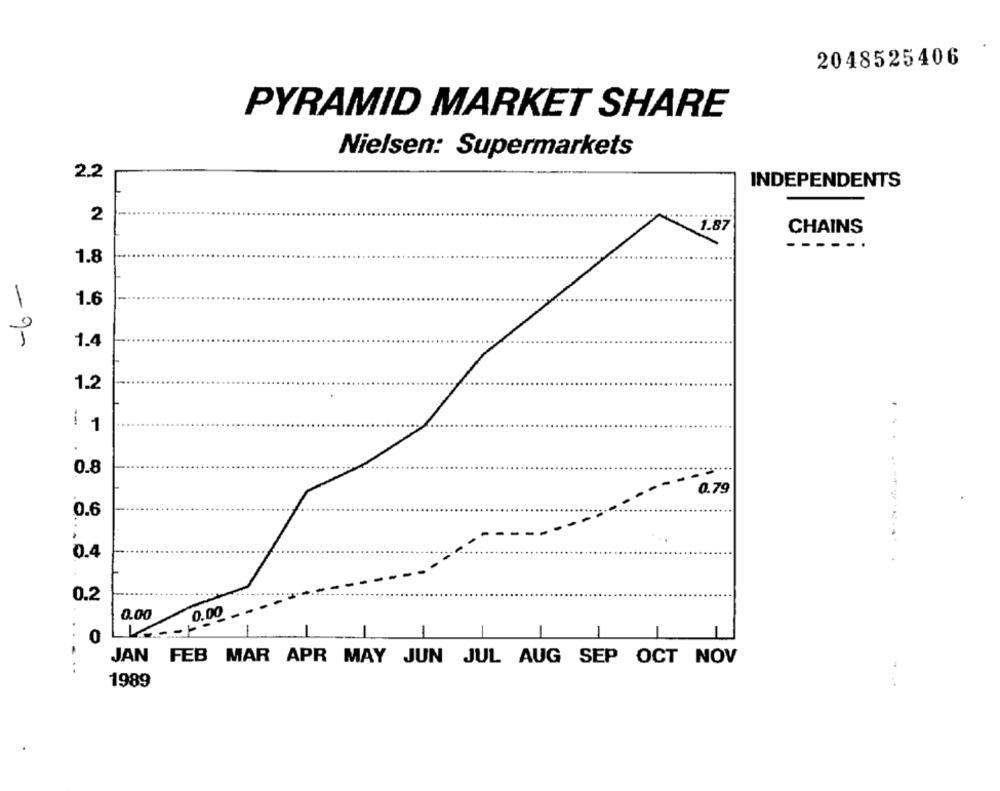
2048525406
PYRAMID MARKET SHARE
Nielsen: Supermarkets
2.2
INDEPENDENTS
2
1.87
CHAINS
---
1.8
1.6
1
1.4
1.2
1 1
0.8
0.79
0.6
0.4
0.2
0.00
0.00 -
1
0
-
JAN FEB MAR APR MAY JUN JUL AUG SEP OCT NOV
...
1989